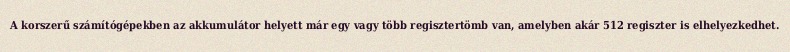
A korszerű számítógépekben az akkumulátor helyett már egy vagy több regisztertömb van, amelyben akár 512 regiszter is elhelyezkedhet.